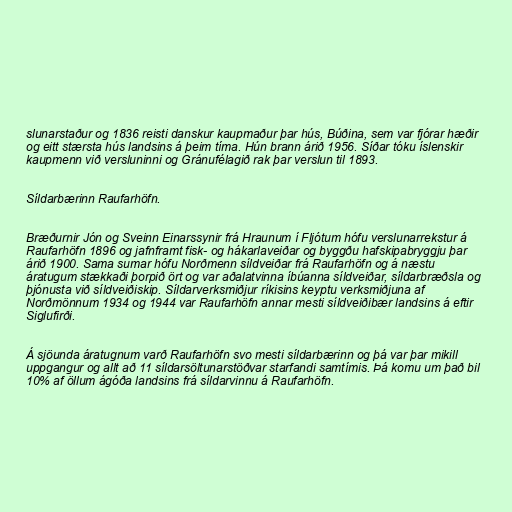
slunarstaður og 1836 reisti danskur kaupmaður þar hús, Búðina, sem var fjórar hæðir
og eitt stærsta hús landsins á þeim tíma. Hún brann árið 1956. Síðar tóku íslenskir
kaupmenn við versluninni og Gránufélagið rak þar verslun til 1893.

Síldarbærinn Raufarhöfn.

Bræðurnir Jón og Sveinn Einarssynir frá Hraunum í Fljótum hófu verslunarrekstur á
Raufarhöfn 1896 og jafnframt fisk- og hákarlaveiðar og byggðu hafskipabryggju þar
árið 1900. Sama sumar hófu Norðmenn síldveiðar frá Raufarhöfn og á næstu
áratugum stækkaði þorpið ört og var aðalatvinna íbúanna síldveiðar, síldarbræðsla og
þjónusta við síldveiðiskip. Síldarverksmiðjur ríkisins keyptu verksmiðjuna af
Norðmönnum 1934 og 1944 var Raufarhöfn annar mesti síldveiðibær landsins á eftir
Siglufirði.

Á sjöunda áratugnum varð Raufarhöfn svo mesti síldarbærinn og þá var þar mikill
uppgangur og allt að 11 síldarsöltunarstöðvar starfandi samtímis. Þá komu um það bil
10% af öllum ágóða landsins frá síldarvinnu á Raufarhöfn.